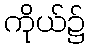
ကိုယ်၌